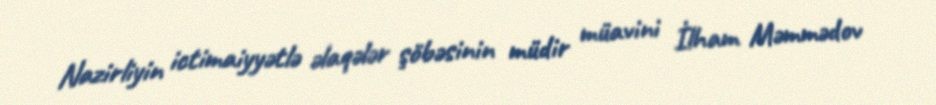
Nazirliyin ictimaiyyətlə əlaqələr şöbəsinin müdir müavini İlham Məmmədov